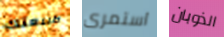
طبيعتك استمرى الذوبان